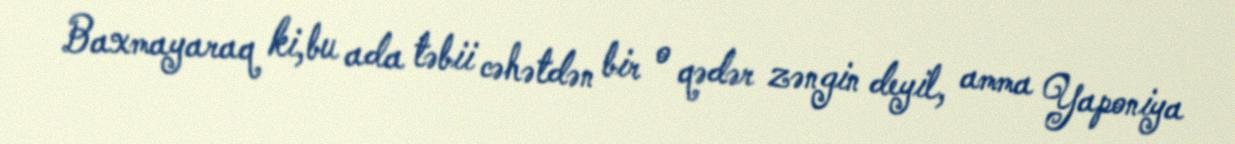
Baxmayaraq ki,bu ada təbii cəhətdən bir o qədər zəngin deyil, amma Yaponiya